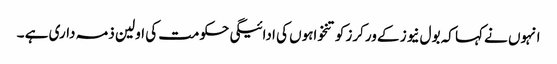
انہوں نے کہا کہ بول نیوز کے ورکرز کو تنخواہوں کی ادائیگی حکومت کی اولین ذمہ داری ہے ۔